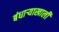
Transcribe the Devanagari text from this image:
बंधाऱ्याखाली